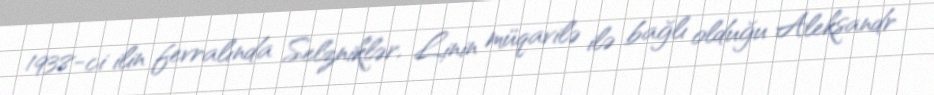
1938-ci ilin fevralında Selzniklər, Linin müqavilə ilə bağlı olduğu Aleksandr